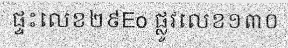
ផ្ទះលេខ២៩Eo ផ្លូវលេខ១៣០